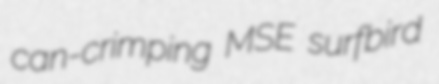
can-crimping MSE surfbird